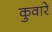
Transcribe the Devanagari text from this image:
कुवारे